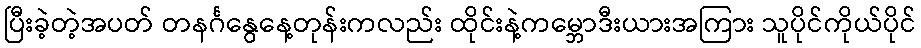
ပြီးခဲ့တဲ့အပတ် တနင်္ဂနွေနေ့တုန်းကလည်း ထိုင်းနဲ့ကမ္ဘောဒီးယားအကြား သူပိုင်ကိုယ်ပိုင်